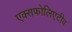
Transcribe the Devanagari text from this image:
एक्सफोलिएटीव